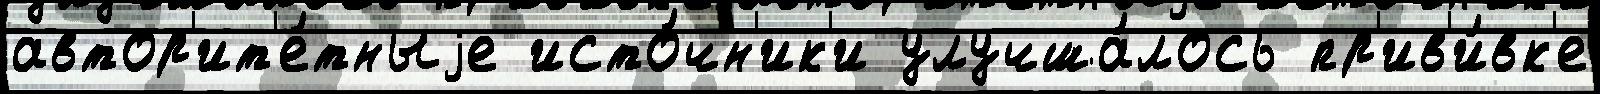
автор'ит'е́тныjе исто́чн'ик'и улучша́лось пр'ив'и́вк'е